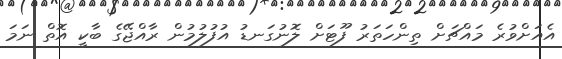
އެއަށްވުރެ މައްޗަށް ތިންހަތަރު ފޫޓަށް ލޮނުގަނޑު އުފުލުމުން ރާއްޖޭގެ ބާކީ އޮތް ނަމަ